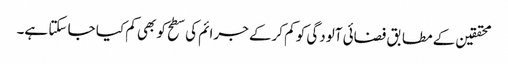
محققین کے مطابق فضائی آلودگی کو کم کرکے جرائم کی سطح کو بھی کم کیا جا سکتا ہے۔